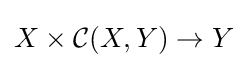
X\times {\mathcal {C}}(X,Y)\to Y